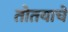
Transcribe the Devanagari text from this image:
तोतयाचे